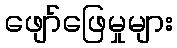
ဖျော်ဖြေမှုများ